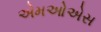
એમઓએસ